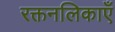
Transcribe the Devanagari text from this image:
रक्तनलिकाएँ